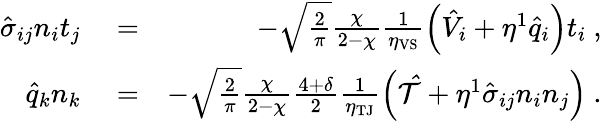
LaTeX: \begin{array}{rlr}{\hat{\sigma}_{ij}n_{i}t_{j}}&{{}=}&{-\sqrt{\frac{2}{\pi}}\frac{\chi}{2-\chi}\frac{1}{\eta_{\mathrm{VS}}}\left(\hat{V}_{i}+\eta^{1}\hat{q}_{i}\right)t_{i}\mathrm{~,~}}\\ {\hat{q}_{k}n_{k}}&{{}=}&{-\sqrt{\frac{2}{\pi}}\frac{\chi}{2-\chi}\frac{4+\delta}{2}\frac{1}{\eta_{\mathrm{TJ}}}\left(\mathcal{\hat{T}}+\eta^{1}\hat{\sigma}_{ij}n_{i}n_{j}\right)\mathrm{~.~}}\end{array}